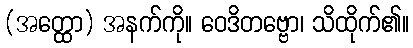
(အတ္ထော) အနက်ကို။ ဝေဒိတဗ္ဗော၊ သိထိုက်၏။